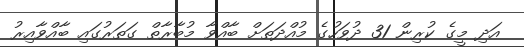
އަދި މީގެ ކުރިން 31 ދުވަހުގެ މުއްދަތަށް ބާއްވާ މުބާރާތް ގަތަރުގައި ބާއްވާއިރު